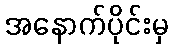
အနောက်ပိုင်းမှ